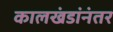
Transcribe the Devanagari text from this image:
कालखंडांनंतर